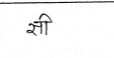
मजकूर: सी